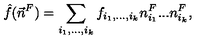
\hat { f } ( \vec { n } ^ { F } ) = \sum _ { i _ { 1 } , . . . , i _ { k } } f _ { i _ { 1 } , . . . , i _ { k } } n _ { i _ { 1 } } ^ { F } . . . n _ { i _ { k } } ^ { F } ,